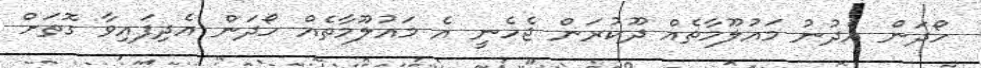
ހޯދަން އެދުނު މައުލޫމާތެއް ދޫކުރަން ޖެހެނީ އެ މައުލޫމާތެއް ހޯދަން އެދިފައިވާ ގޮތަށް